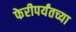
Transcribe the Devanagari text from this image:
फेरीपर्यंतच्या